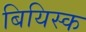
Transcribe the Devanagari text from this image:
बियिस्क